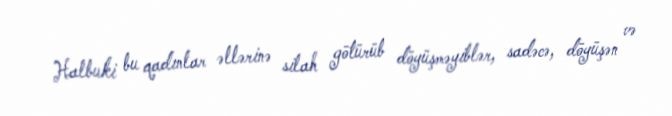
Halbuki bu qadınlar əllərinə silah götürüb döyüşməyiblər, sadəcə, döyüşən və